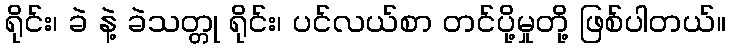
ရိုင်း၊ ခဲ နဲ့ ခဲသတ္တု ရိုင်း၊ ပင်လယ်စာ တင်ပို့မှုတို့ ဖြစ်ပါတယ်။